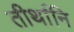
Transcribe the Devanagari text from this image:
तीर्थानि